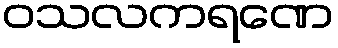
ဝသလကရဏေ